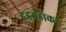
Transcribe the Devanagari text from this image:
हडबडाकर